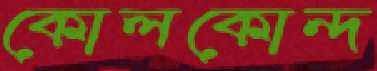
কোলকোন্দ